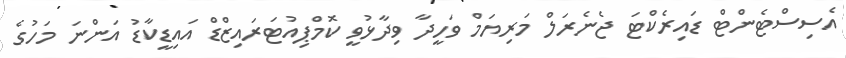
އެސިސްޓެންޓް ޑައިރެކްޓަ ޖެނެރަލް މަރިޔަމް ވަހީދާ ވިދާޅުވީ ކޮމްޕިއުޓަރައިޒްޑް އައިޑީކާޑު އަންނަ މަހުގެ